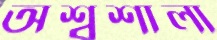
অশ্বশালা